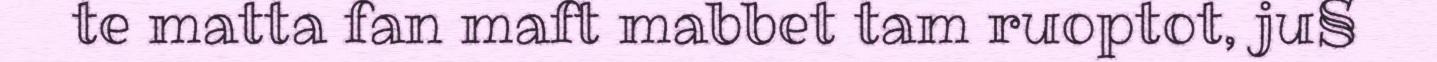
te matta fan maft mabbet tam ruoptot, ju§